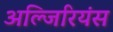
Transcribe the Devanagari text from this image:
अल्जिरियंस